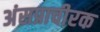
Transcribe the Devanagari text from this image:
अंसप्राचीरक